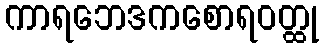
ကာရဘေဒကစောရဝတ္ထု